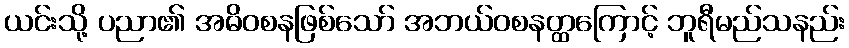
ယင်းသို့ ပညာ၏ အဓိဝစနဖြစ်သော် အဘယ်ဝစနတ္ထကြောင့် ဘူရီမည်သနည်း